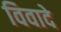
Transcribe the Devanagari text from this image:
विवादे